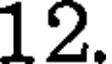
12.